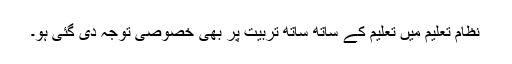
نظام تعلیم میں تعلیم کے ساتھ ساتھ تربیت پر بھی خصوصی توجہ دی گئی ہو۔